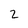
Character: 2